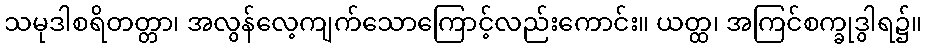
သမုဒါစရိတတ္တာ၊ အလွန်လေ့ကျက်သောကြောင့်လည်းကောင်း။ ယတ္ထ၊ အကြင်စက္ခုဒွါရ၌။